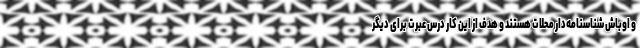
و اوباش شناسنامه‌دار محلات هستند و هدف از این کار درس عبرت برای دیگر